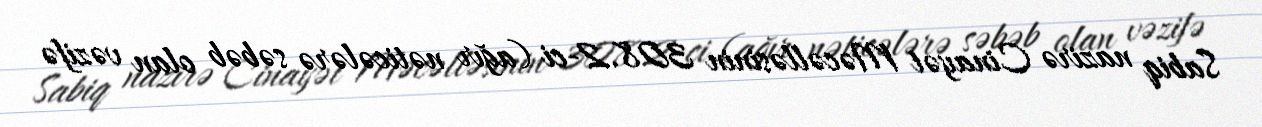
Sabiq nazirə Cinayət Məcəlləsinin 308.2-ci (ağır nəticələrə səbəb olan vəzifə